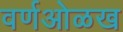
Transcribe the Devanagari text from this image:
वर्णओळख